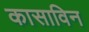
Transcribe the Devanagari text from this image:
कासाविन